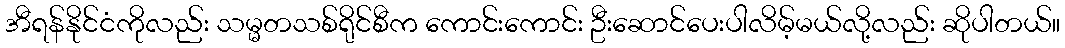
အီရန်နိုင်ငံကိုလည်း သမ္မတသစ်ရိုင်စီက ကောင်းကောင်း ဦးဆောင်ပေးပါလိမ့်မယ်လို့လည်း ဆိုပါတယ်။